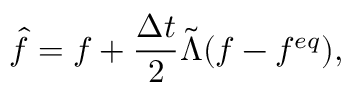
\hat { f } = f + \frac { \Delta t } { 2 } \tilde { \Lambda } ( f - f ^ { e q } ) ,